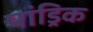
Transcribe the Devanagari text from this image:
पांड्रिक